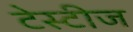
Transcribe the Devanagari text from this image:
टेस्टीज